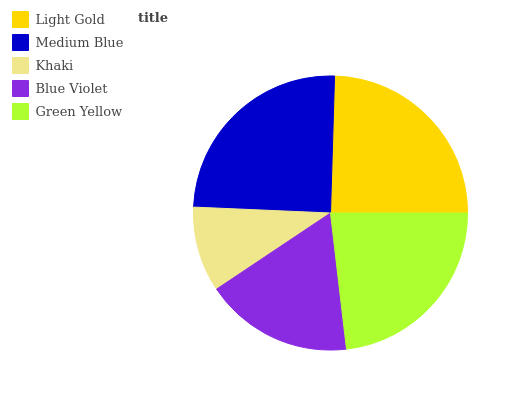
| Light Gold | Medium Blue | Khaki | Blue Violet | Green Yellow |
 | --- | --- | --- | --- | --- |
 | 24.5% | 24.8% | 10.1% | 17.5% | 23.1% |